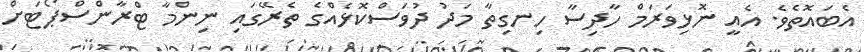
އެބައޮތެވެ. އެއީ ނޮޅިވަރަމް ހާދިސާ ހިނގިތާ މަދު ދުވަސްކޮޅެއްގެ ތެރޭގައި ނިންމާ ޓްރާންސްޕޯޓަށް